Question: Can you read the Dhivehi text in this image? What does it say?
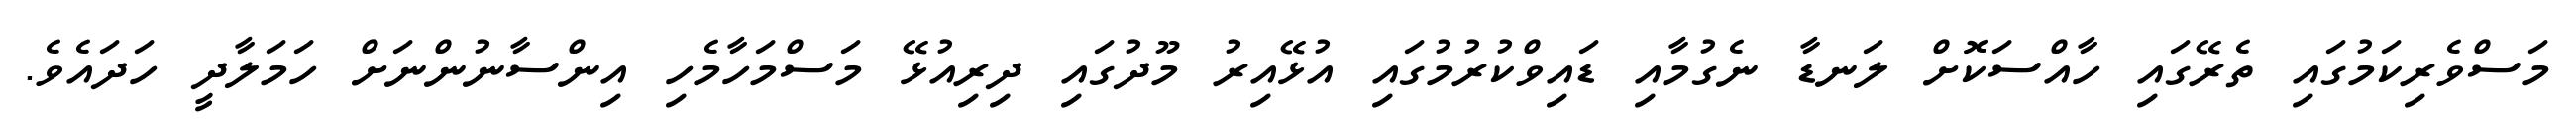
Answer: މަސްވެރިކަމުގައި ތެރޭގައި ހާއްސަކޮށް ލަނޑާ ނެގުމާއި ޑައިވްކުރުމުގައި އުޅޭއިރު މޫދުގައި ދިރިއުޅޭ މަސްމަހާމެހި އިންސާނުންނަށް ހަމަލާދީ ހަދައެވެ.